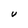
Character: U